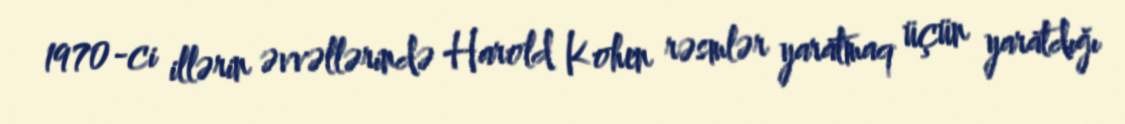
1970-ci illərin əvvəllərində Harold Kohen rəsmlər yaratmaq üçün yaratdığı